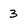
Character: 3